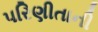
પરિણીતાની